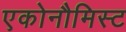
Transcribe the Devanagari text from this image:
एकोनौमिस्ट